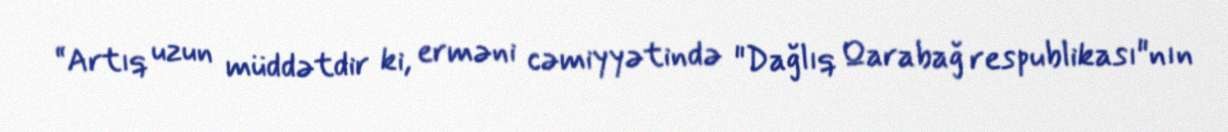
“Artıq uzun müddətdir ki, erməni cəmiyyətində "Dağlıq Qarabağ respublikası"nın